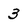
Character: 3